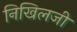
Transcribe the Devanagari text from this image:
निखिलजी